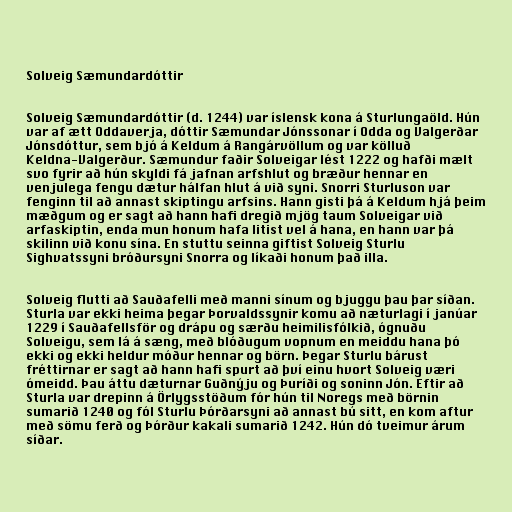
Solveig Sæmundardóttir

Solveig Sæmundardóttir (d. 1244) var íslensk kona á Sturlungaöld. Hún
var af ætt Oddaverja, dóttir Sæmundar Jónssonar í Odda og Valgerðar
Jónsdóttur, sem bjó á Keldum á Rangárvöllum og var kölluð
Keldna-Valgerður. Sæmundur faðir Solveigar lést 1222 og hafði mælt
svo fyrir að hún skyldi fá jafnan arfshlut og bræður hennar en
venjulega fengu dætur hálfan hlut á við syni. Snorri Sturluson var
fenginn til að annast skiptingu arfsins. Hann gisti þá á Keldum hjá þeim
mæðgum og er sagt að hann hafi dregið mjög taum Solveigar við
arfaskiptin, enda mun honum hafa litist vel á hana, en hann var þá
skilinn við konu sína. En stuttu seinna giftist Solveig Sturlu
Sighvatssyni bróðursyni Snorra og líkaði honum það illa.

Solveig flutti að Sauðafelli með manni sínum og bjuggu þau þar síðan.
Sturla var ekki heima þegar Þorvaldssynir komu að næturlagi í janúar
1229 í Sauðafellsför og drápu og særðu heimilisfólkið, ógnuðu
Solveigu, sem lá á sæng, með blóðugum vopnum en meiddu hana þó
ekki og ekki heldur móður hennar og börn. Þegar Sturlu bárust
fréttirnar er sagt að hann hafi spurt að því einu hvort Solveig væri
ómeidd. Þau áttu dæturnar Guðnýju og Þuríði og soninn Jón. Eftir að
Sturla var drepinn á Örlygsstöðum fór hún til Noregs með börnin
sumarið 1240 og fól Sturlu Þórðarsyni að annast bú sitt, en kom aftur
með sömu ferð og Þórður kakali sumarið 1242. Hún dó tveimur árum
síðar.